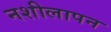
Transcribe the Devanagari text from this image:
नशीलापन